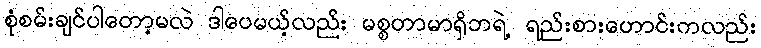
စုံစမ်းချင်ပါတော့မလဲ ဒါပေမယ့်လည်း မစ္စတာမာရှိဘရဲ့ ရည်းစားဟောင်းကလည်း